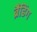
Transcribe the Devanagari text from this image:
ब्रैंडिंग